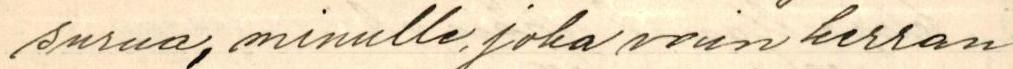
surua, minulle, joka vain kerran